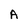
Character: A